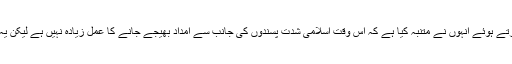
سنڈے ٹائمز سے بات کرتے ہوئے انہوں نے متنبہ کیا ہے کہ اس وقت اسلامی شدت پسندوں کی جانب سے امداد بھیجے جانے کا عمل زیادہ نہیں ہے لیکن یہ آہستہ آہستہ بڑھ رہا ہے۔